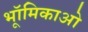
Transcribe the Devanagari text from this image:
भूॉमिकाओ